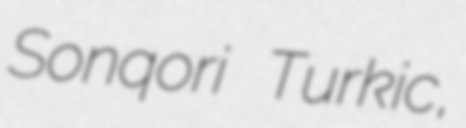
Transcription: Sonqori Turkic,